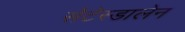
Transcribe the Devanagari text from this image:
सेटेस्डालेन